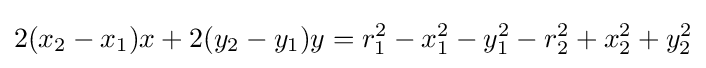
2(x_{2}-x_{1})x+2(y_{2}-y_{1})y=r_{1}^{2}-x_{1}^{2}-y_{1}^{2}-r_{2}^{2}+x_{2}^{2}+y_{2}^{2}